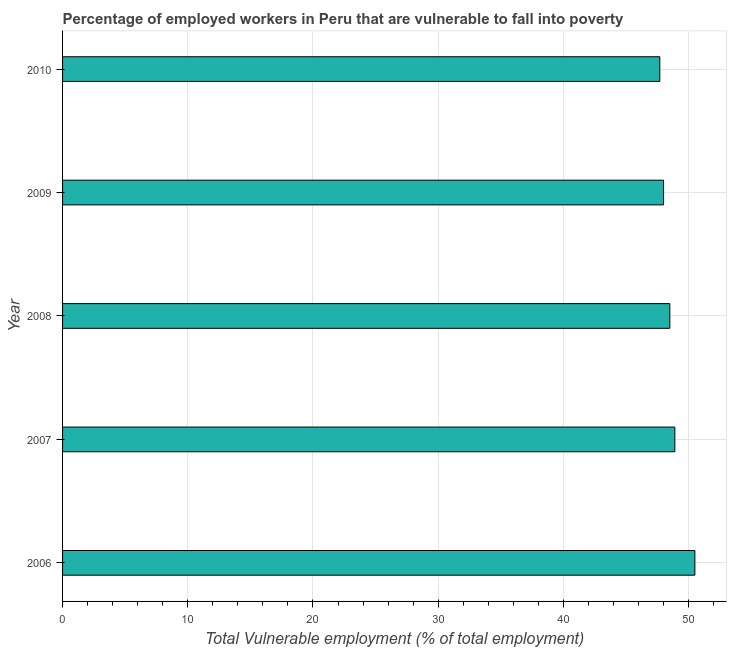
| Year | Vulnerable employment |
 | --- | --- |
 | 2006 | 50.5 |
 | 2007 | 48.9 |
 | 2008 | 48.5 |
 | 2009 | 48 |
 | 2010 | 47.7 |